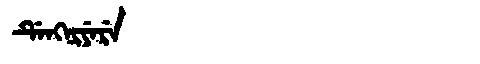
Manchu: ᡩᡝᠩᠨᡳᠶᡝᡵᡝ
Romanization: DENGNIYERE